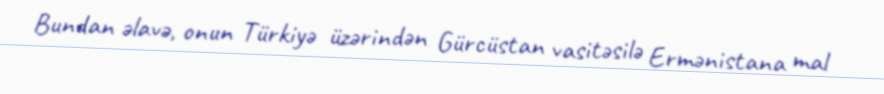
Bundan əlavə, onun Türkiyə üzərindən Gürcüstan vasitəsilə Ermənistana mal